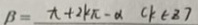
\beta = x + 2 k \pi - \alpha C k \in 8 7